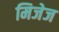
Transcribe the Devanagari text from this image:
मिजेज